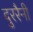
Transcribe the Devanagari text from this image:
दुररैनी